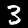
Digit: 3